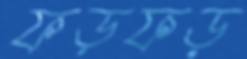
ফড়ফড়